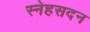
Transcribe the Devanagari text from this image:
स्नेहसदन